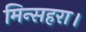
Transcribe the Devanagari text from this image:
मिन्सहरा।